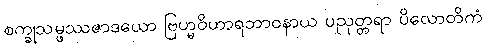
စက္ခုသမ္ဖဿဇာဒယော ဗြဟ္မဝိဟာရဘာဝနာယ ပညုတ္တရာ ပိလောတိကံ